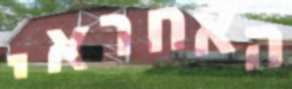
האחראי